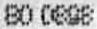
80 0898